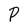
Character: P